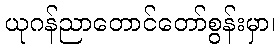
ယုဂန်ညာတောင်တော်စွန်းမှာ၊